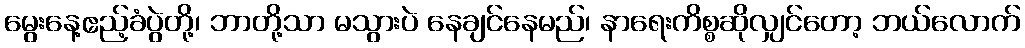
မွေးနေ့ဧည့်ခံပွဲတို့၊ ဘာတို့သာ မသွားပဲ နေချင်နေမည်၊ နာရေးကိစ္စဆိုလျှင်တော့ ဘယ်လောက်